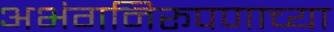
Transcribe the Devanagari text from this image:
अभंगनिरूपणाच्या